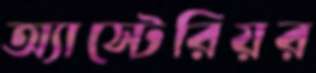
অ্যাস্টেরিয়র